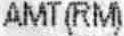
AMT(RM)